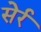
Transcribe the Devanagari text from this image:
सेर्र